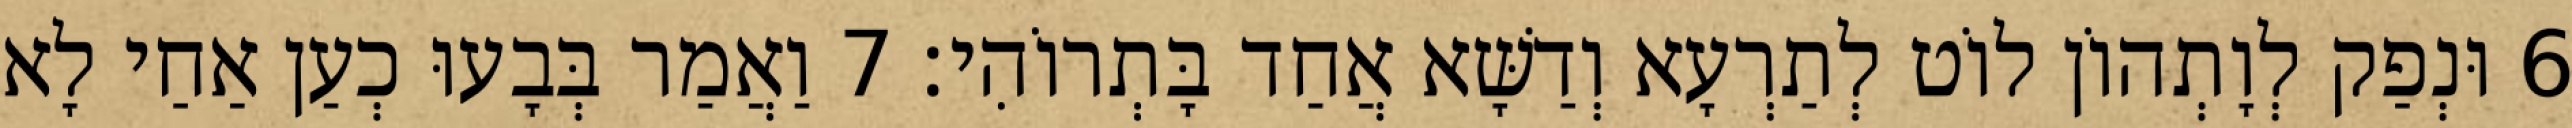
6 וּנְפַק לְוָתְהוֹן לוֹט לְתַרְעָא וְדַשָּׁא אֲחַד בָּתְרוֹהִי׃ 7 וַאֲמַר בְּבָעוּ כְעַן אַחַי לָא